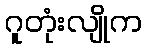
ဂူတုံးလျိုက